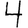
Digit: 4